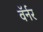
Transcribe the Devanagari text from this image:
वॅर्नर